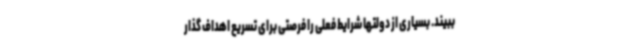
ببیند. بسیاری از دولتها شرایط فعلی را فرصتی برای تسریع اهداف گذار